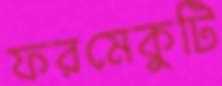
ফরমেকুটি